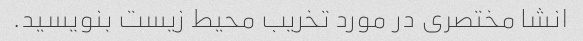
انشا مختصری در مورد تخریب محیط زیست بنویسید.